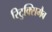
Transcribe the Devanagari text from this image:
रिटुक्सिमैब